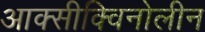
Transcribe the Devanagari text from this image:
आक्सीक्विनोलीन